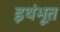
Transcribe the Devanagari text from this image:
इथंभूत